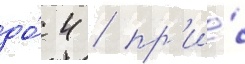
до́ 4 / пр'и́